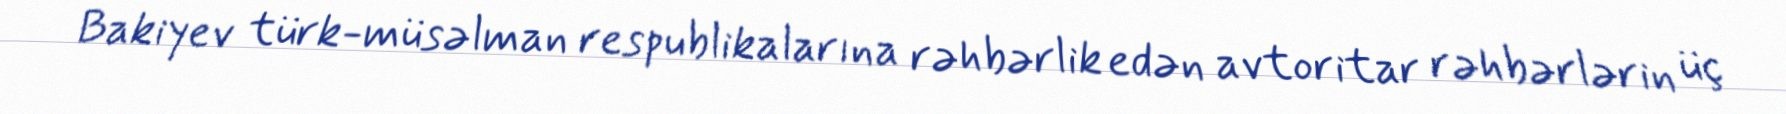
Bakiyev türk-müsəlman respublikalarına rəhbərlik edən avtoritar rəhbərlərin üç